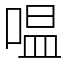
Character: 嗢